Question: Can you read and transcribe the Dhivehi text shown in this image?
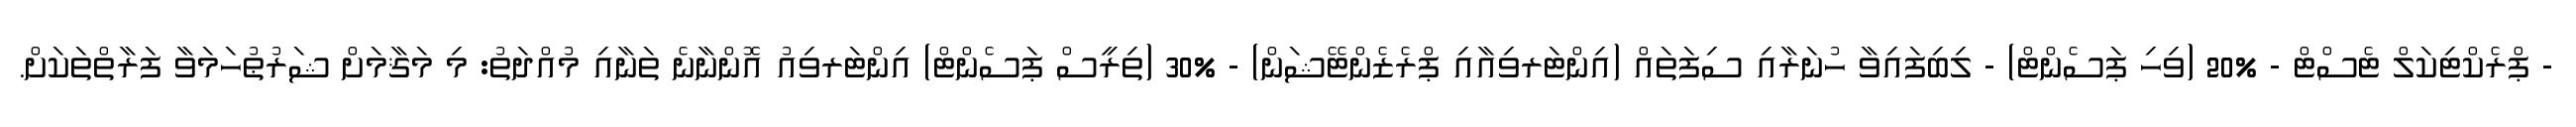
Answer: - ޕްރެކްޓިކަލް ޓެސްޓް - %20 (ވިހި ޕަސެންޓް) - ލިބިފައިވާ ހުނަރާއި ސިފަތައް (އިންޓަރވިއާއި ޕްރެޒެންޓޭޝަން) - %30 (ތިރީސް ޕަސެންޓް) އިންޓަރވިއު އޮންނާނެ ތަނާއި މުއްދަތު: މި މަޤާމަށް ޝަރުޠުހަމަވާ ފަރާތްތަކަށް.